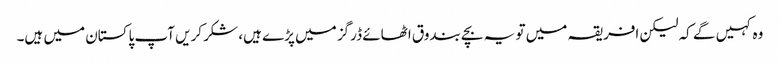
وہ کہیں گے کہ لیکن افریقہ میں تو یہ بچے بندوق اٹھائے ڈرگز میں پڑے ہیں، شکر کریں آپ پاکستان میں ہیں۔